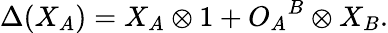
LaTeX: \Delta(X_{A})=X_{A}\otimes 1+{O_{A}}^{B}\otimes X_{B}.